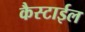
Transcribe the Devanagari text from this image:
कैस्टाईल